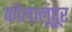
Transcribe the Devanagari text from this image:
कौलालूंपूर